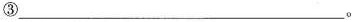
③___。